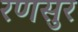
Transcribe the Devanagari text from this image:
रणसुर